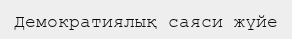
Демократиялық саяси жүйе